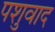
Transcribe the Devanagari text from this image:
पशुवाद